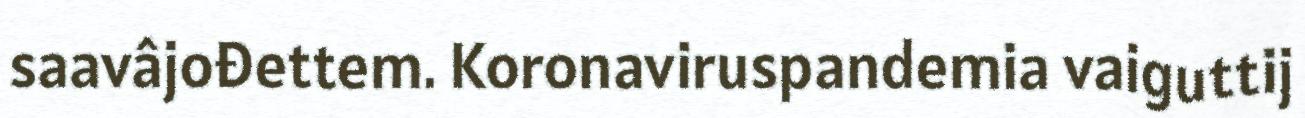
saavâjođettem. Koronaviruspandemia vaiguttij